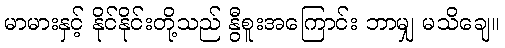
မာမားနှင့် နိုင်နိုင်းတို့သည် နွီစူးအကြောင်း ဘာမျှ မသိချေ။